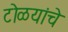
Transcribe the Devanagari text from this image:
टोळयांचे